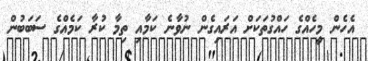
އެހެން މީހެއްގެެ ހައްގުތަކަށް އަރައިގެން ނުވާނެ ކަމާއި ތިމާ ކުރާ ކަމެއްގެ ސަބަބުން